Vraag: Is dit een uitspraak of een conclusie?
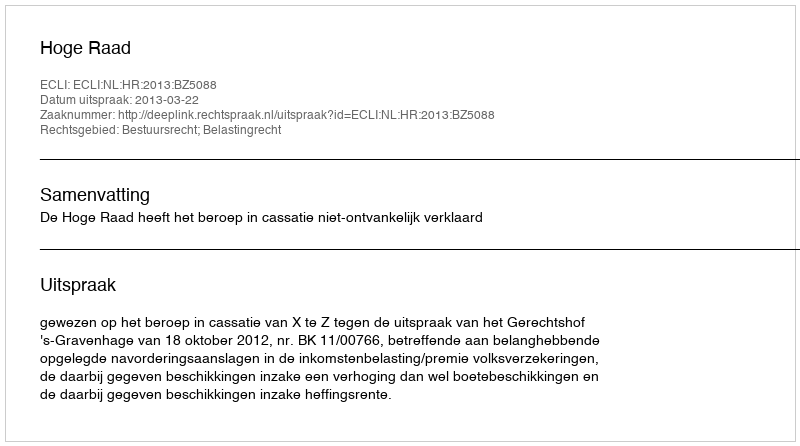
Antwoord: Uitspraak